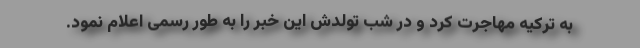
به ترکیه مهاجرت کرد و در شب تولدش این خبر را به طور رسمی اعلام نمود.